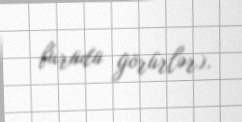
burada görürlər).